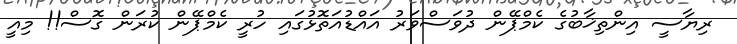
ރިޔާސީ އިންތިޚާބުގެ ކެމްޕޭން ދުވަސްވަރު އައްޑުއަތޮޅުގައި ހުރީ ކެމްޕޭން ކުރަން ގޮސް!! މިއީ